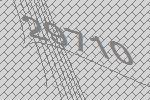
29710